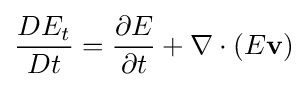
{\frac {DE_{t}}{Dt}}={\frac {\partial E}{\partial t}}+\nabla \cdot (E\mathbf {v} )